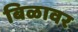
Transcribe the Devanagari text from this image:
बिळावर